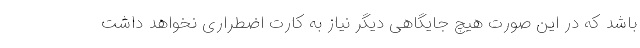
باشد که در این صورت هیچ جایگاهی دیگر نیاز به کارت اضطراری نخواهد داشت